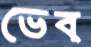
ভেব